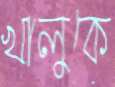
খালুকে